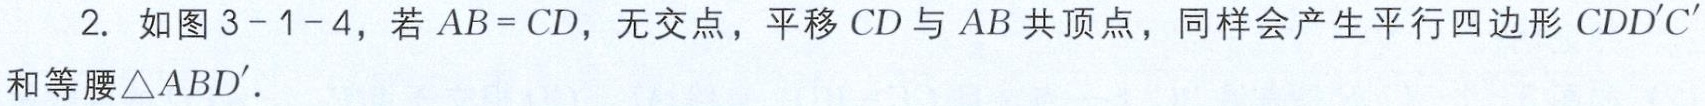
2. 如图3 - 1 - 4，若\(AB = CD\)，无交点，平移\(CD\)与\(AB\)共顶点，同样会产生平行四边形\(CDD'C'\)和等腰\(\triangle ABD'\).